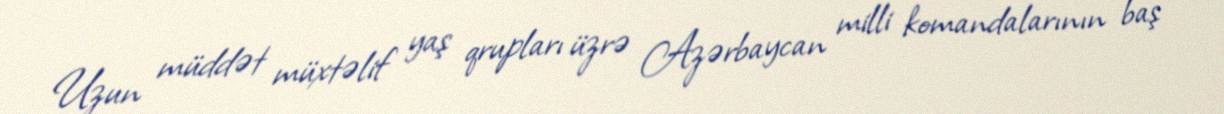
Uzun müddət müxtəlif yaş qrupları üzrə Azərbaycan milli komandalarının baş